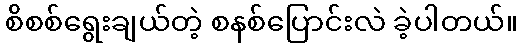
စိစစ်ရွေးချယ်တဲ့ စနစ်ပြောင်းလဲ ခဲ့ပါတယ်။